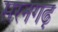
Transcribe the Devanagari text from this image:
सरनगढ़